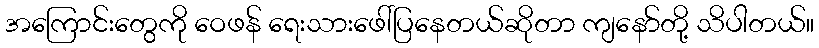
အကြောင်းတွေကို ဝေဖန် ရေးသားဖေါ်ပြနေတယ်ဆိုတာ ကျနော်တို့ သိပါတယ်။